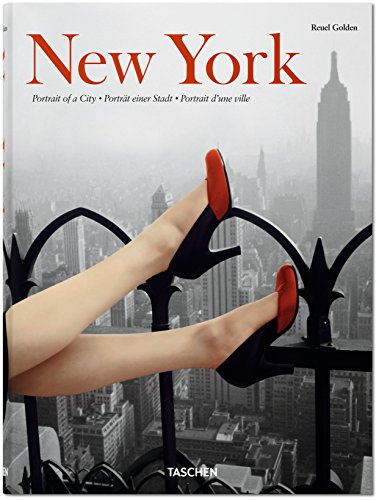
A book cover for New York: Portrait Of A City; Reuel Golden; Arts & Photography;